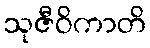
သုဇီဝိကာတိ